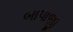
બાપાજી